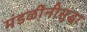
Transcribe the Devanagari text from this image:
मंडळींनीसुद्धा